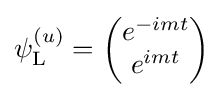
\psi _{\rm {L}}^{(u)}={\begin{pmatrix}e^{-imt}\\e^{imt}\end{pmatrix}}